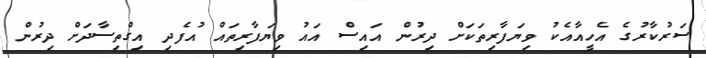
ސަރުކާރުގެ އެހީއާއެކު ވިޔަފާރިތަކަށް ދިރުން އައިސް އައު ވިޔަފާރިތައް އުފެދި އިގްތިސާދަށް ދިރުން